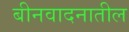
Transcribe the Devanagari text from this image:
बीनवादनातील